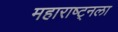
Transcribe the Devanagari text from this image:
महाराष्ट्नला